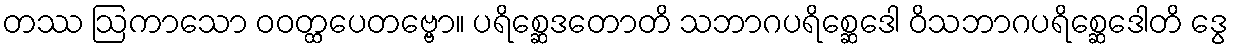
တဿ ဩကာသော ဝဝတ္ထပေတဗ္ဗော။ ပရိစ္ဆေဒတောတိ သဘာဂပရိစ္ဆေဒေါ ဝိသဘာဂပရိစ္ဆေဒေါတိ ဒွေ